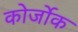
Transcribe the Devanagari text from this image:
कोर्जोक